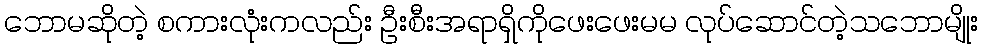
ဘောမဆိုတဲ့ စကားလုံးကလည်း ဦးစီးအရာရှိကိုဖေးဖေးမမ လုပ်ဆောင်တဲ့သဘောမျိုး